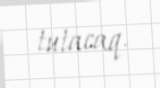
tutacaq.